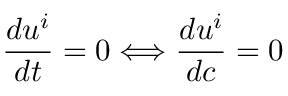
\frac { d u ^ { i } } { d t } = 0 \Longleftrightarrow \frac { d u ^ { i } } { d c } = 0